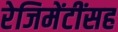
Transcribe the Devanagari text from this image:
रेजिमेंटींसह